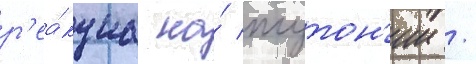
р'еа́кциа на́ плутон'ии /